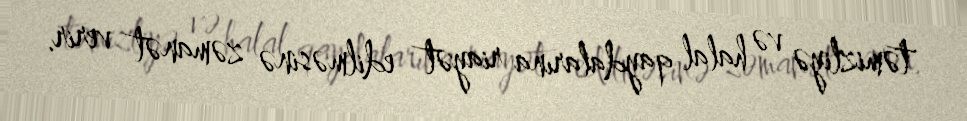
təmizliyə və halal qaydalarına riayət edilməsinə zəmanət verir.